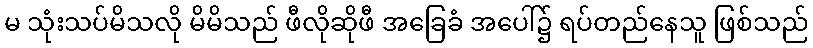
မ သုံးသပ်မိသလို မိမိသည် ဖီလိုဆိုဖီ အခြေခံ အပေါ်၌ ရပ်တည်နေသူ ဖြစ်သည်